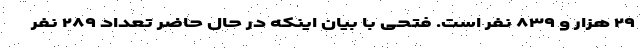
۲۹ هزار و ۸۳۹ نفر است. فتحی با بیان اینکه در حال حاضر تعداد ۲۸۹ نفر